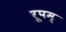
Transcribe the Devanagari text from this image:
रूपम्